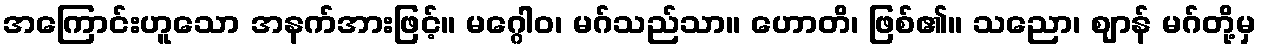
အကြောင်းဟူသော အနက်အားဖြင့်။ မဂ္ဂေါဝ၊ မဂ်သည်သာ။ ဟောတိ၊ ဖြစ်၏။ သညော၊ ဈာန် မဂ်တို့မှ